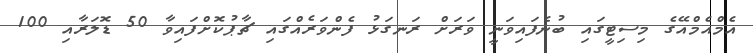
އެމްއެމްއޭގެ މިސިޓީގައި ބުނެފައިވަނީ ވަރަށް ރަނގަޅު ފެންވަރެއްގައި ޗާޕުކޮށްފައިވާ 50 ޑޮލަރާއި 100